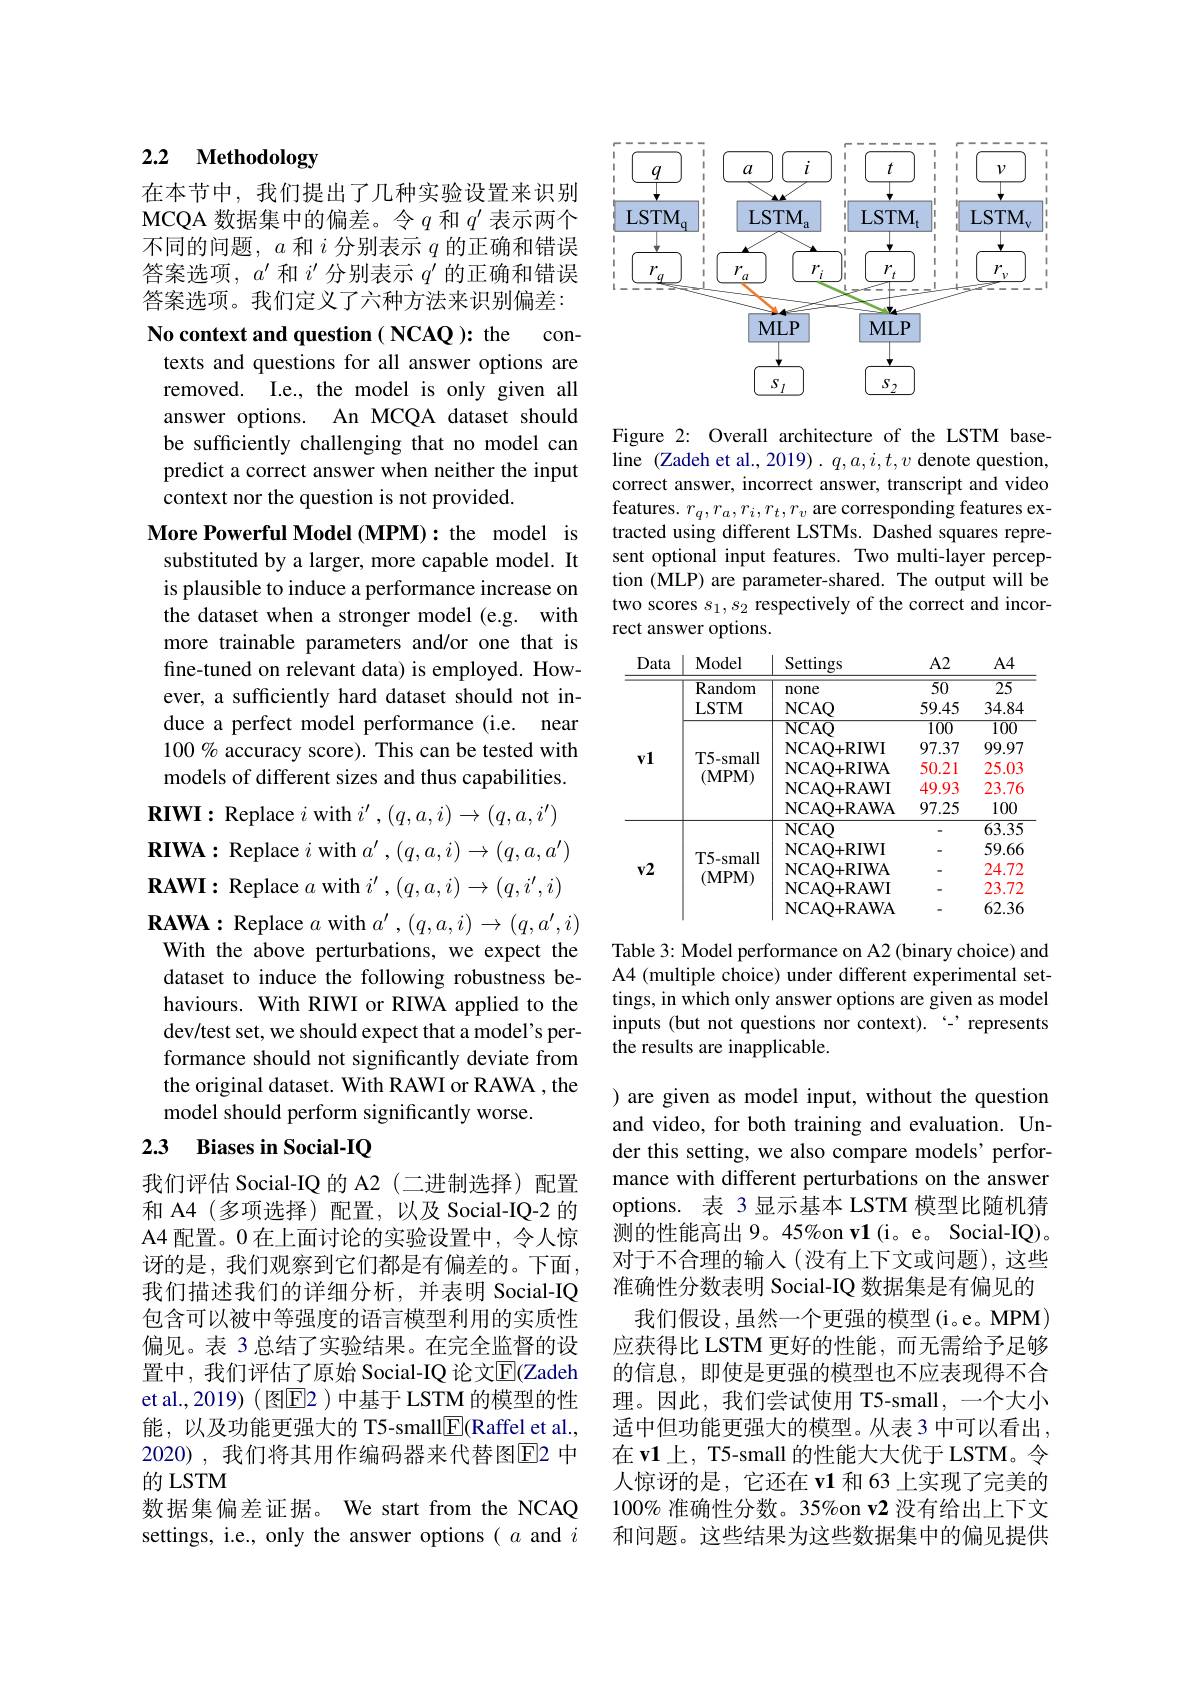
### 2.2 Methodology

在本节中，我们提出了几种实验设置来识别MCQA 数据集中的偏差。令$q$和$q^\prime$表示两个不同的问题，$a$和$i$分别表示$q$的正确和错误答案选项，$a^\prime$和$i^{\prime}$分别表示$q^\prime$的正确和错误答案选项。我们定义了六种方法来识别偏差：

No context and question ( NCAQ ): the contexts and questions for all answer options are removed. I.e., the model is only given all answer options. An MCQA dataset should be sufficiently challenging that no model can predict a correct answer when neither the input context nor the question is not provided.

More Powerful Model (MPM): the model is substituted by a larger, more capable model. It is plausible to induce a performance increase on the dataset when a stronger model (e.g. with more trainable parameters and/or one that is fine-tuned on relevant data) is employed. However, a sufficiently hard dataset should not induce a perfect model performance (i.e. near 100% accuracy score). This can be tested with models of different sizes and thus capabilities. $\mathbf{RIWI:Replace~}i$ with $i^\prime,(q,a,i)\to(q,a,i^{\prime})$ $\mathbf{RIWA:Replace~}i$ with $a^\prime,(q,a,i)\to(q,a,a^{\prime})$ $\mathbf{RAWI:Replace~}a$ with $i^\prime,(q,a,i)\to(q,i^{\prime},i)$ $\mathbf{RAWA:Replace~}a$ with $a^\prime,(q,a,i)\to(q,a^{\prime},i)$ With the above perturbations, we expect the dataset to induce the following robustness behaviours. With RIWI or RIWA applied to the dev/test set, we should expect that a model's performance should not significantly deviate from the original dataset. With RAWI or RAWA , the model should perform significantly worse.
2.3 Biases in Social-IQ

我们评估 Social-IQ 的 A2(二进制选择)配置和 A4 (多项选择) 配置，以及 Social-IQ-2 的A4 配置。0 在上面讨论的实验设置中，令人惊$\begin{aligned}\text{讶的是，我们观察到它们都是有偏差的。下面},\end{aligned}$ 我们描述我们的详细分析，并表明 Social-IQ 包含可以被中等强度的语言模型利用的实质性偏见。表 3 总结了实验结果。在完全监督的设置中，我们评估了原始 Social-IQ 论文$\overline{\mathrm{E}}($Zadeh et al.,2019)( 图$\overline{\mathrm{E}}$2)中基于 LSTM 的模型的性能，以及功能更强大的 T5-small$\underline{\mathrm{E}}($Raffel et al. 2020),我们将其用作编码器来代替图E2 中的 LSTM
数据集偏差证据。We start from the NCAQ settings, i.e., only the answer options ( $a$ and $i$

<FigureHere>

Figure 2: Overall architecture of the LSTM baseline (Zadeh et al., 2019). $q,a,i,t,v$ denote question, correct answer, incorrect answer, transcript and video features. $r_q,r_a,r_i,r_t,r_v$ are corresponding features extracted using different LSTMs. Dashed squares represent optional input features. Two multi-layer perception (MLP) are parameter-shared. The output will be two scores $s_1,s_2$ respectively of the correct and incorrect answer options.

<table>
	<tbody>
		<tr>
			<th>Data</th>
			<th>Model</th>
			<th>Settings</th>
			<th>$A2$</th>
			<th>$A4$</th>
		</tr>
		<tr>
			<td> </td>
			<td>$\overline{\mathrm{Random}}$</td>
			<td>none</td>
			<td>$\overline{50}$</td>
			<td>$\overline{25}$</td>
		</tr>
		<tr>
			<td> </td>
			<td>LSTM</td>
			<td>NCAO</td>
			<td>59.45</td>
			<td>34.84</td>
		</tr>
		<tr>
			<td rowspan="5">$v1$</td>
			<td> </td>
			<td>$\mathbf{NCAO}$</td>
			<td>100</td>
			<td>100</td>
		</tr>
		<tr>
			<td> </td>
			<td>NCAO+ RIWI</td>
			<td>97.37</td>
			<td>99.97</td>
		</tr>
		<tr>
			<td>17</td>
			<td>NCAO+ RIWA</td>
			<td>50.21</td>
			<td>25.03</td>
		</tr>
		<tr>
			<td>$(1\mathbf{v}11\mathbf{v}1)$</td>
			<td>NCAO+ RAWI</td>
			<td>49.93</td>
			<td>23.76</td>
		</tr>
		<tr>
			<td> </td>
			<td>NCAO+ RAWA</td>
			<td>97.25</td>
			<td>100</td>
		</tr>
		<tr>
			<td rowspan="5">$v2$</td>
			<td rowspan="5">T5-small $(\mathbf{MPM})$</td>
			<td>NCAQ</td>
			<td> </td>
			<td>$\overline{63.35}$</td>
		</tr>
		<tr>
			<td>NCAQ+ RIWI</td>
			<td> </td>
			<td>59.66</td>
		</tr>
		<tr>
			<td>NCAO+ RIWA</td>
			<td> </td>
			<td>24.72</td>
		</tr>
		<tr>
			<td>NCAO+ RAWI</td>
			<td> </td>
			<td>23.72</td>
		</tr>
		<tr>
			<td>NCAO+ RAWA</td>
			<td> </td>
			<td>62.36</td>
		</tr>
	</tbody>
</table>

Table 3: Model performance on A2 (binary choice) and A4 (multiple choice) under different experimental settings, in which only answer options are given as model inputs (but not questions nor context). “represents the results are inapplicable.

) are given as model input, without the question and video, for both training and evaluation. Under this setting, we also compare models' performance with different perturbations on the answer options. 表 3 显示基本 LSTM 模型比随机猜测的性能高出 9。45%on v1(i。e。Social-IQ)。对于不合理的输入(没有上下文或问题),这些准确性分数表明 Social-IQ 数据集是有偏见的
我们假设，虽然一个更强的模型(i。e。MPM) 应获得比 LSTM 更好的性能，而无需给予足够的信息，即使是更强的模型也不应表现得不合理。因此，我们尝试使用 T5-small, 一个大小适中但功能更强大的模型。从表 3 中可以看出， 在 v1 上，T5-small 的性能大大优于 LSTM。令人惊讶的是，它还在 v1 和 63 上实现了完美的100% 准确性分数。35%on v2 没有给出上下文和问题。这些结果为这些数据集中的偏见提供